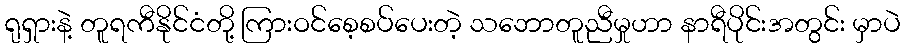
ရုရှားနဲ့ တူရကီနိုင်ငံတို့ ကြားဝင်စေ့စပ်ပေးတဲ့ သဘောတူညီမှုဟာ နာရီပိုင်းအတွင်း မှာပဲ